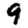
Digit: 9